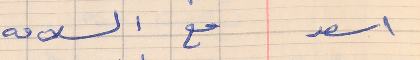
اسعد      مع السلامه